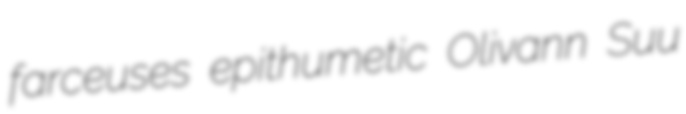
farceuses epithumetic Olivann Suu